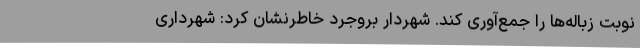
نوبت زباله‌ها را جمع‌آوری کند. شهردار بروجرد خاطرنشان کرد: شهرداری